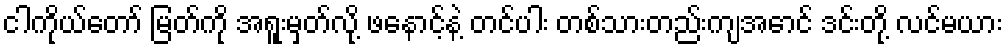
ငါကိုယ်တော် မြတ်ကို အရူးမှတ်လို့ ဖနောင့်နဲ့ တင်ပါး တစ်သားတည်းကျအောင် ဒင်းတို့ လင်မယား